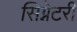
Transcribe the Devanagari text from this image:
सिग्नेटरी